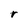
Character: r